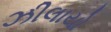
ઝીલાયો